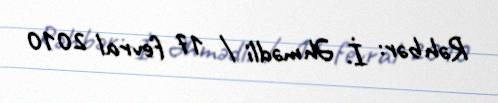
Rəhbər: İ. Əhmədli / 17 fevral 2010